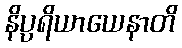
နိပ္ပရိယာယေနာတိ